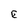
Character: E